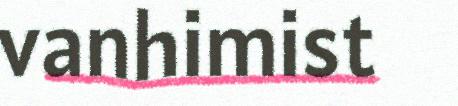
vanhimist